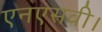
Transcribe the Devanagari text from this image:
एनएसवी।